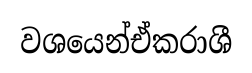
වශයෙන්ඒකරාශී